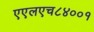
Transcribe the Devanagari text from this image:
एएलएच८४००१